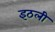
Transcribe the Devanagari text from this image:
इठली